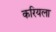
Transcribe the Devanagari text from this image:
करियला